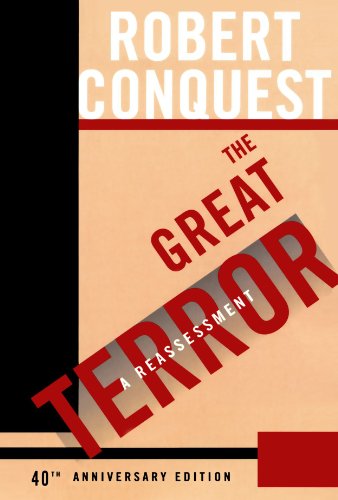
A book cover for The Great Terror: A Reassessment; Robert Conquest; History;